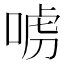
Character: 𠶪